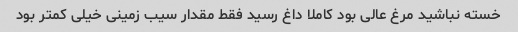
خسته نباشید مرغ عالی بود کاملا داغ رسید فقط مقدار سیب زمینی خیلی کمتر بود